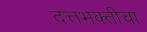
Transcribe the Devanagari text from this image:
दत्तभक्तीचा